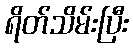
ရိတ်သိမ်းပြီး